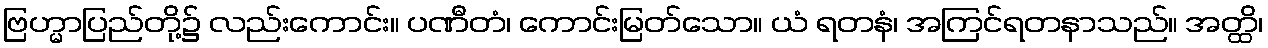
ဗြဟ္မာပြည်တို့၌ လည်းကောင်း။ ပဏီတံ၊ ကောင်းမြတ်သော။ ယံ ရတနံ၊ အကြင်ရတနာသည်။ အတ္ထိ၊